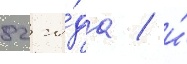
82 го́да / и́